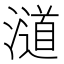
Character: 𣿪